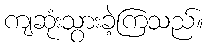
ကျဆုံးသွားခဲ့ကြသည်။